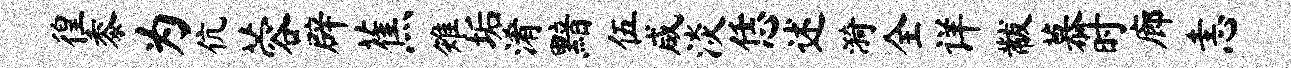
徨黍为伉蓉辟蕉雉垢淆黯伍咸淡恁述漪全详黻慕时廊恚